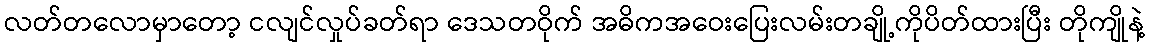
လတ်တလောမှာတော့ ငလျင်လှုပ်ခတ်ရာ ဒေသတဝိုက် အဓိကအဝေးပြေးလမ်းတချို့ကိုပိတ်ထားပြီး တိုကျိုနဲ့